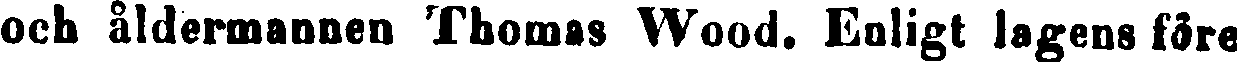
och åldermannen Thomas Wood. Enligt lagens före